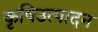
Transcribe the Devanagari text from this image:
कृषिउत्पादन